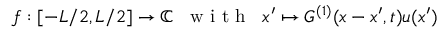
f : [ - L / 2 , L / 2 ] \rightarrow \mathbb { C } \; \; \textrm { w i t h } \; \; x ^ { \prime } \mapsto G ^ { ( 1 ) } ( x - x ^ { \prime } , t ) u ( x ^ { \prime } )